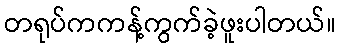
တရုပ်ကကန့်ကွက်ခဲ့ဖူးပါတယ်။